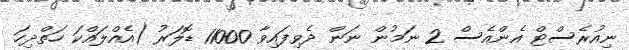
ނިއުރެސްޓް އެންއެސް 2 ނަމުން ނަން ދެވިފައިވާ 11000 ޑޮލަރު (އެއްލައްކަ ހަތްދިހަ